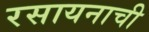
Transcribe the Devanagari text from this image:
रसायनाची